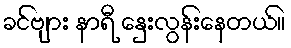
ခင်ဗျား နာရီ နှေးလွန်းနေတယ်။